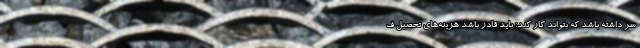
سر داشته باشد که بتواند کار کند؛ باید قادر باشد هزینه‌های تحصیل ف